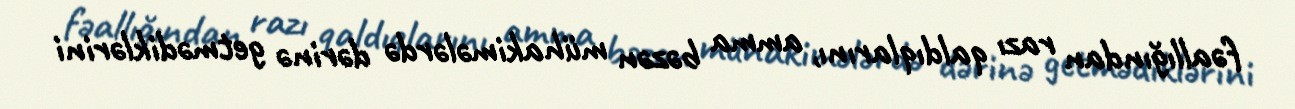
fəallığından razı qaldıqlarını, amma bəzən mühakimələrdə dərinə getmədiklərini